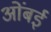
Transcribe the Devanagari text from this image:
ओंबई